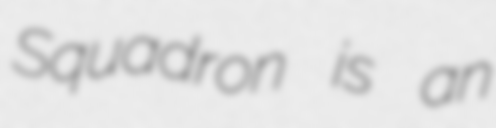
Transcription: Squadron is an